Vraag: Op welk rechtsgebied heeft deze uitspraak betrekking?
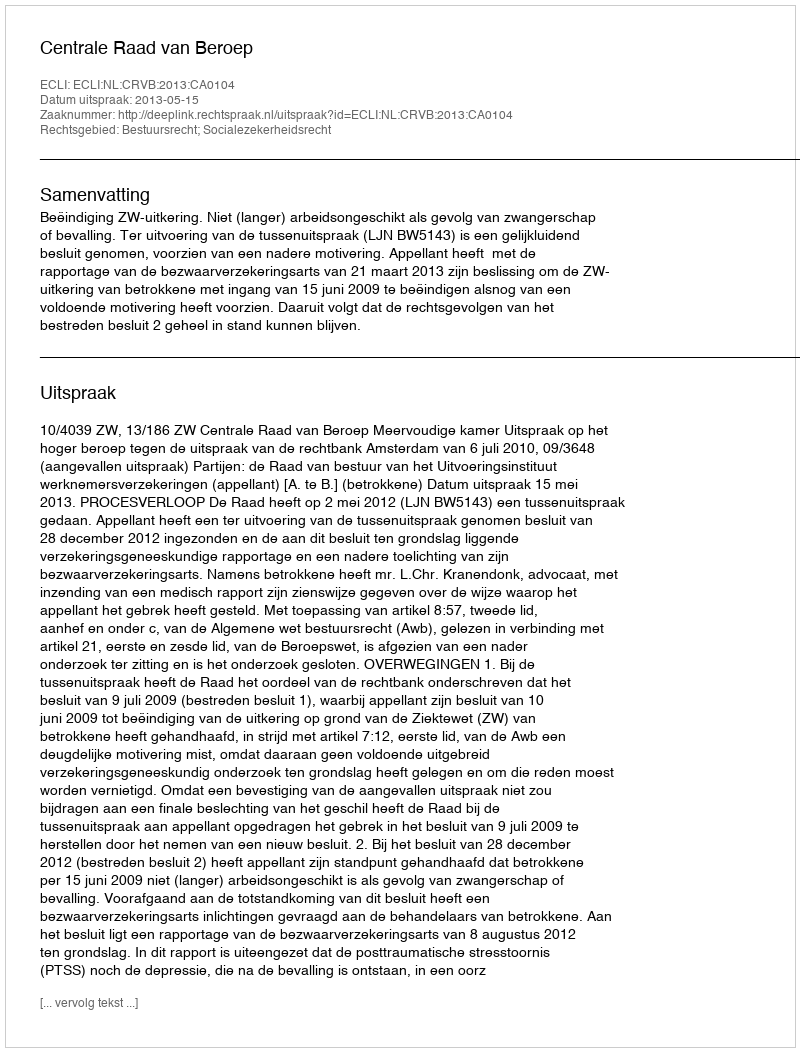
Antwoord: Bestuursrecht; Socialezekerheidsrecht